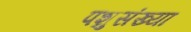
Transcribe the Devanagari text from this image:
पशुसंख्या